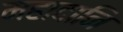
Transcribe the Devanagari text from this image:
महादानि